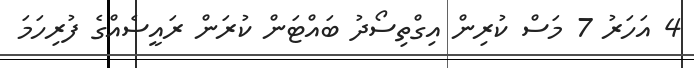
4 އަހަރު 7 މަސް ކުރިން އިގްތިސޯދު ބައްޓަން ކުރަން ރައީސެއްގެ ފުރިހަމަ